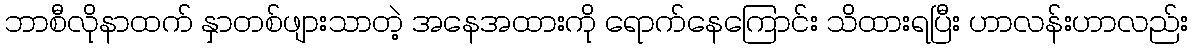
ဘာစီလိုနာထက် နှာတစ်ဖျားသာတဲ့ အနေအထားကို ရောက်နေကြောင်း သိထားရပြီး ဟာလန်းဟာလည်း